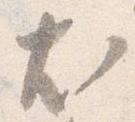
尤